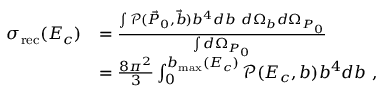
\begin{array} { r l } { \sigma _ { \mathrm { r e c } } ( E _ { c } ) } & { = \frac { \int \mathcal { P } ( \vec { P } _ { 0 } , \vec { b } ) b ^ { 4 } d b ~ d \Omega _ { b } d \Omega _ { P _ { 0 } } } { \int d \Omega _ { P _ { 0 } } } } \\ & { = \frac { 8 \pi ^ { 2 } } { 3 } \int _ { 0 } ^ { b _ { \mathrm { m a x } } ( E _ { c } ) } \mathcal { P } ( E _ { c } , b ) b ^ { 4 } d b ~ , } \end{array}